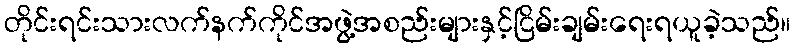
တိုင်းရင်းသားလက်နက်ကိုင်အဖွဲ့အစည်းများနှင့်ငြိမ်းချမ်းရေးရယူခဲ့သည်။